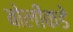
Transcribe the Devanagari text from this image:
बोलींकडे